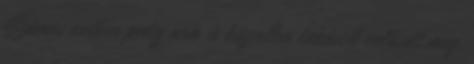
Számos esetben pedig nem is közvetlen lakáscél valósult meg,